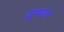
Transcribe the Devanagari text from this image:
युग्मता